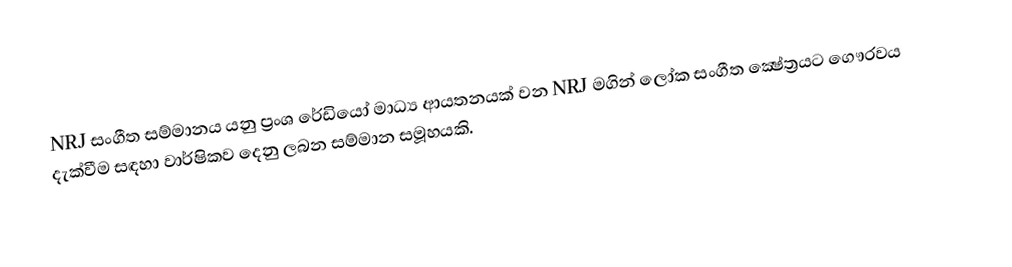
NRJ සංගීත සම්මානය යනු ප්‍රංශ රේඩියෝ මාධ්‍ය ආයතනයක් වන NRJ මගින් ලෝක සංගීත ක්‍ෂේත්‍රයට ගෞරවය දැක්වීම සඳහා වාර්ෂිකව දෙනු ලබන සම්මාන සමූහයකි.